Vaccination in Bombay 1913-1923 - 1913-1923
Year: 1913
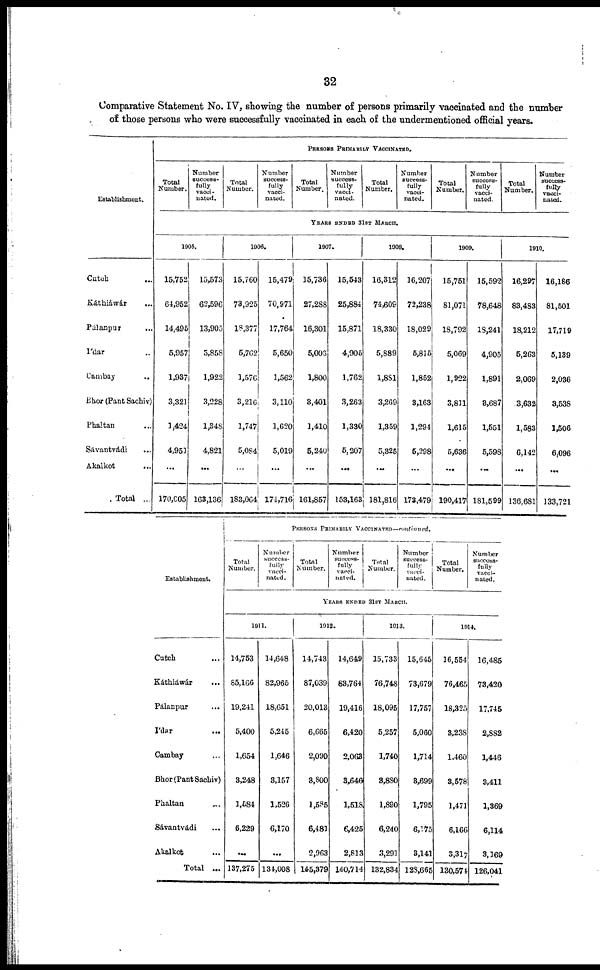
32
Comparative Statement No. IV, showing the number of persons primarily vaccinated and the number
of those persons who were successfully vaccinated in each of the undermentioned official years.
Establishment.
Cutch ...
Káthiáwar
...
Pálanpur
...
Ídar ...
Cambay
...
Bhor (Pant Sachiv)
Phaltan ...
Sávantvádi ...
Akalkot
...
Total ...
PERSONS PRIMARILY VACCINATED.
Total
Number.
Number
success-
fully
vacci-
nated.
Total
Number.
Number
success-
fully
vacci-
nated.
Total
Number.
Number
success-
fully
vacci-
nated.
Total
Number.
Number
success-
fully
vacci-
nated.
Total
Number.
Number
success-
fully
vacci-
nated.
Total
Number.
Number
success-
fully
vacci-
nated.
YEARS ENDED 31ST MARCH.
1905.
15,752
64,952
14,495
5,957
1,937
3,321
1,424
4,951
...
170,005
15,573
62,596
13,905
5,858
1,922
3,228
1,348
4,821
...
163,136
1906.
15,760
73,925
18,377
5,762
1,576
3,216
1,747
5,084
...
183,064
15,479
70,971
17,764
5,650
1,562
3,110
1,620
5,019
...
174,716
1907.
15,736
27,288
16,301
5,003
1,800
3,401
1,410
5,240
...
161,857
15,543
25,884
15,871
4,905
1,762
3,263
1,330
5,207
...
153,163
1908.
16,312
74,609
18,330
5,889
1,881
3,269
1,359
5,325
...
181,816
16,207
72,238
18,029
5,815
1,852
3,163
1,294
5,298
...
173,479
1909.
15,751
81,071
18,792
5,069
1,922
3,831
1,615
5,636
...
190,417
15,592
78,648
18,241
4,905
1,891
3,687
1,551
5,598
...
181,599
1910.
16,297
83,483
18,212
5,263
2,069
3,632
1,583
6,142
...
136,681
16,186
81,501
17,719
5,139
2,036
3,538
1,506
6,096
...
133,721
Establishment.
Cutch ...
Káthiáwár ...
Pálanpur
...
Ídar ...
Cambay ...
Bhor(Pant Sachiv)
Phaltan ...
Sávantvádi ...
Akalkot ...
Total ...
PERSONS PRIMARILY VACCINATED—continued.
Total
Number.
Number
success-
fully
vacci-
nated.
Total
Number.
Number
success-
fully
vacci-
nated.
Total
Number.
Number
success-
fully
vacci-
nated.
Total
Number.
Number
success-
fully
vacci-
nated.
YEARS ENDED 31ST MARCH.
1911.
14,753
85,166
19,241
5,400
1,654
3,248
1,584
6,229
...
137,275
14,648
82,965
18,651
5,245
1,646
3,157
1,526
6,170
...
134,008
1912.
14,743
87,039
20,013
6,665
2,090
3,800
1,585
6,481
2,963
145,379
14,649
83,764
19,416
6,420
2,063
3,646
1,518
6,425
2,813
140,714
1913.
15,733
76,748
18,095
5,257
1,740
3,880
1,890
6,240
3,291
132,834
15,645
73,679
17,757
5,060
1,714
8,699
1,795
6,175
3,141
128,665
1914.
16,554
76,465
18,325
3,238
1,460
3,578
1,471
6,166
3,317
130,574
16,485
73,420
17,745
2,882
1,446
3,411
1,369
6,114
3,369
126,041